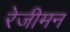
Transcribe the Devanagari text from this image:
रेजीमन